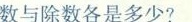
数与除数各是多少?